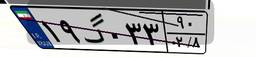
۱۹گ۰۳۳۹۰